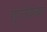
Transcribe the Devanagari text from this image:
गुप्‍तेश्‍वर